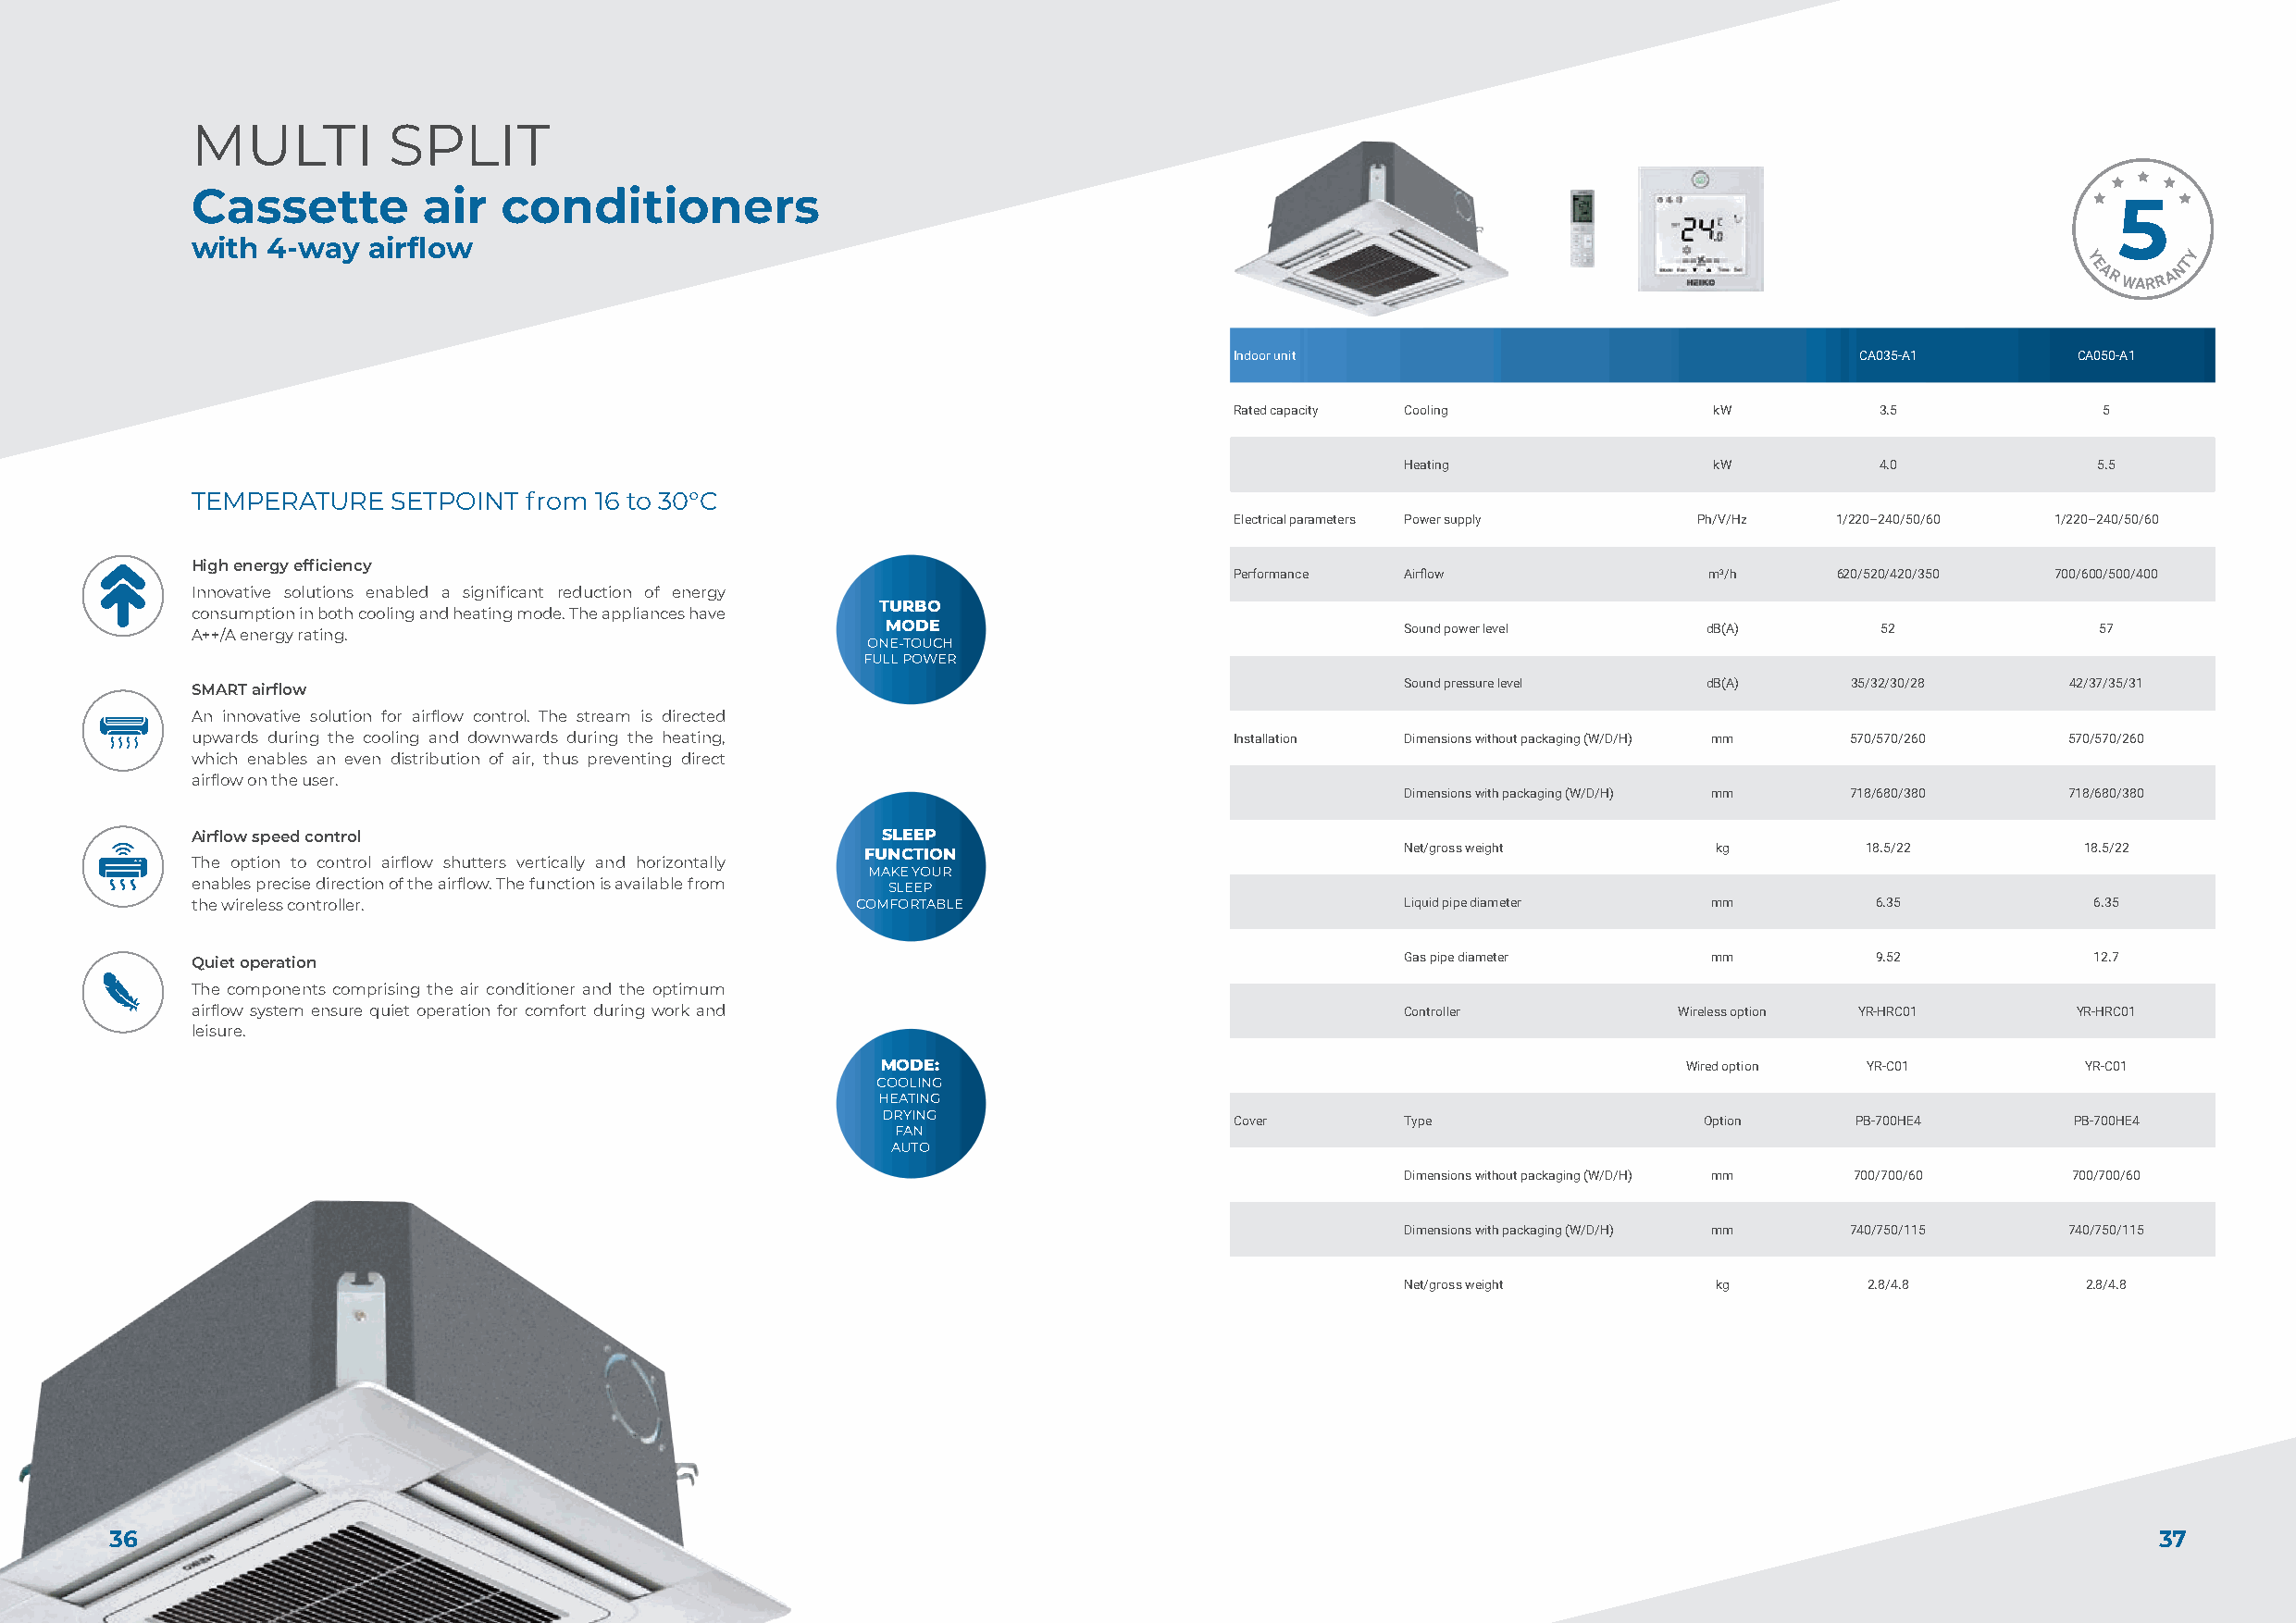
MULTI         SPLIT
 Cassette        air   conditioners
 with 4-way  airflow
 Y
 Y      T
 E      N
 A R WARR A
 Indoor unit                                  CA035-A1        CA050-A1
 Rated capacity Cooling             kW         3.5             5
 Heating                kW         4.0             5.5
 TEMPERATURE   SETPOINT  from 16 to 30°C
 Electrical parameters Power supply Ph/V/Hz 1/220–240/50/60 1/220–240/50/60
 High energy efficiency
 Performance Airflow               m3/h     620/520/420/350 700/600/500/400
 Innovative solutions enabled a significant reduction of energy
 TURBO
 consumption in both cooling and heating mode. The appliances have
 A++/A energy rating.                             MODE                                 Sound power level     dB(A)        52             57
 ONE-TOUCH
 FULL POWER
 SMART airflow                                                                         Sound pressure level  dB(A)     35/32/30/28     42/37/35/31
 An innovative solution for airflow control. The stream is directed
 upwards during the cooling and downwards during the heating,              Installation Dimensions without packaging (W/D/H) mm 570/570/260 570/570/260
 which enables an even distribution of air, thus preventing direct
 airflow on the user.
 Dimensions with packaging (W/D/H) mm 718/680/380 718/680/380
 Airflow speed control                            SLEEP
 FUNCTION                              Net/gross weight       kg        18.5/22         18.5/22
 The option to control airflow shutters vertically and horizontally
 MAKE YOUR
 enables precise direction of the airflow. The function is available from SLEEP
 the wireless controller.                       COMFORTABLE                            Liquid pipe diameter  mm          6.35            6.35
 Quiet operation                                                                       Gas pipe diameter     mm          9.52            12.7
 The components comprising the air conditioner and the optimum
 airflow system ensure quiet operation for comfort during work and                     Controller          Wireless option YR-HRC01     YR-HRC01
 leisure.
 MODE:                                                     Wired option YR-C01         YR-C01
 COOLING
 HEATING
 DRYING
 Cover       Type                  Option     PB-700HE4      PB-700HE4
 FAN
 AUTO
 Dimensions without packaging (W/D/H) mm 700/700/60 700/700/60
 Dimensions with packaging (W/D/H) mm 740/750/115 740/750/115
 Net/gross weight       kg         2.8/4.8        2.8/4.8
 36                                                                                                                                                37